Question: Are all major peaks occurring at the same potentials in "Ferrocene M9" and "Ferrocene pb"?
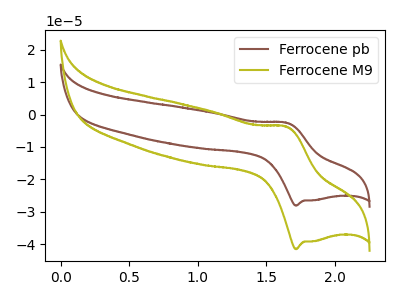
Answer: <think>The brown curve "Ferrocene pb" has an anodic peak at (1.65V, -2.55uA) and a cathodic peak at (1.70V, -28.10uA). The olive curve "Ferrocene M9" has an anodic peak at (1.65V, -3.75uA) and a cathodic peak at (1.70V, -41.55uA).</think>
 <answer>Yes, "Ferrocene M9" have a peak in "Ferrocene pb" at the same potential.</answer>
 <eval>match</eval>